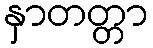
နှာတတ္တာ